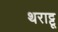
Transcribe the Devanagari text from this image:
थराट्टू